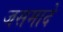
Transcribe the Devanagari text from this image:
जसमादे